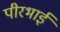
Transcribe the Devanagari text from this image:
पीरभाई